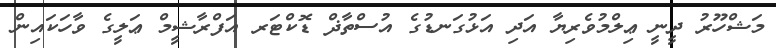
މަޝްހޫރު ދީނީ ޢިލްމުވެރިޔާ އަދި އަޅުގަނޑުގެ އުސްތާޛް ޑޮކްޓަރ އަފްރާޝީމް ޢަލީގެ ވާހަކައިން